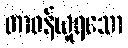
တာဝန်ယူရသော